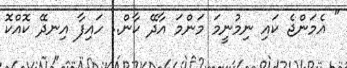
" އެމަންޖެ ކައި ނިމުނީމަ މަންމަ އާދޭ ކާން.. ހައިފާ އިނދޭ ކޮއްކޮ